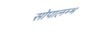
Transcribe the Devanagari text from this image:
सोपालम्भ